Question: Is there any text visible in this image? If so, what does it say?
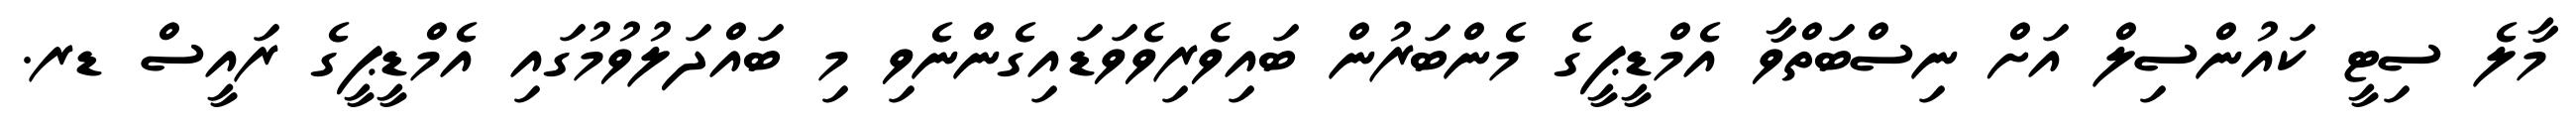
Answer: މާލެ ސިޓީ ކައުންސިލް އަށް ނިސްބަތްވާ އެމްޑީޕީގެ މެންބަރުން ބައިވެރިވެވަޑައިގެންނެވި މި ބައްދަލުވުމުގައި އެމްޑީޕީގެ ރައީސް ޑރ.